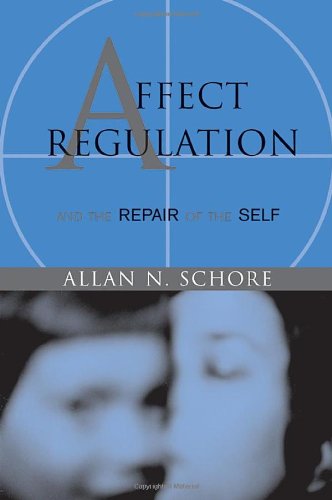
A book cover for Affect Regulation and the Repair of the Self (Norton Series on Interpersonal Neurobiology); Allan N. Schore; Medical Books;